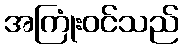
အကြုံးဝင်သည်